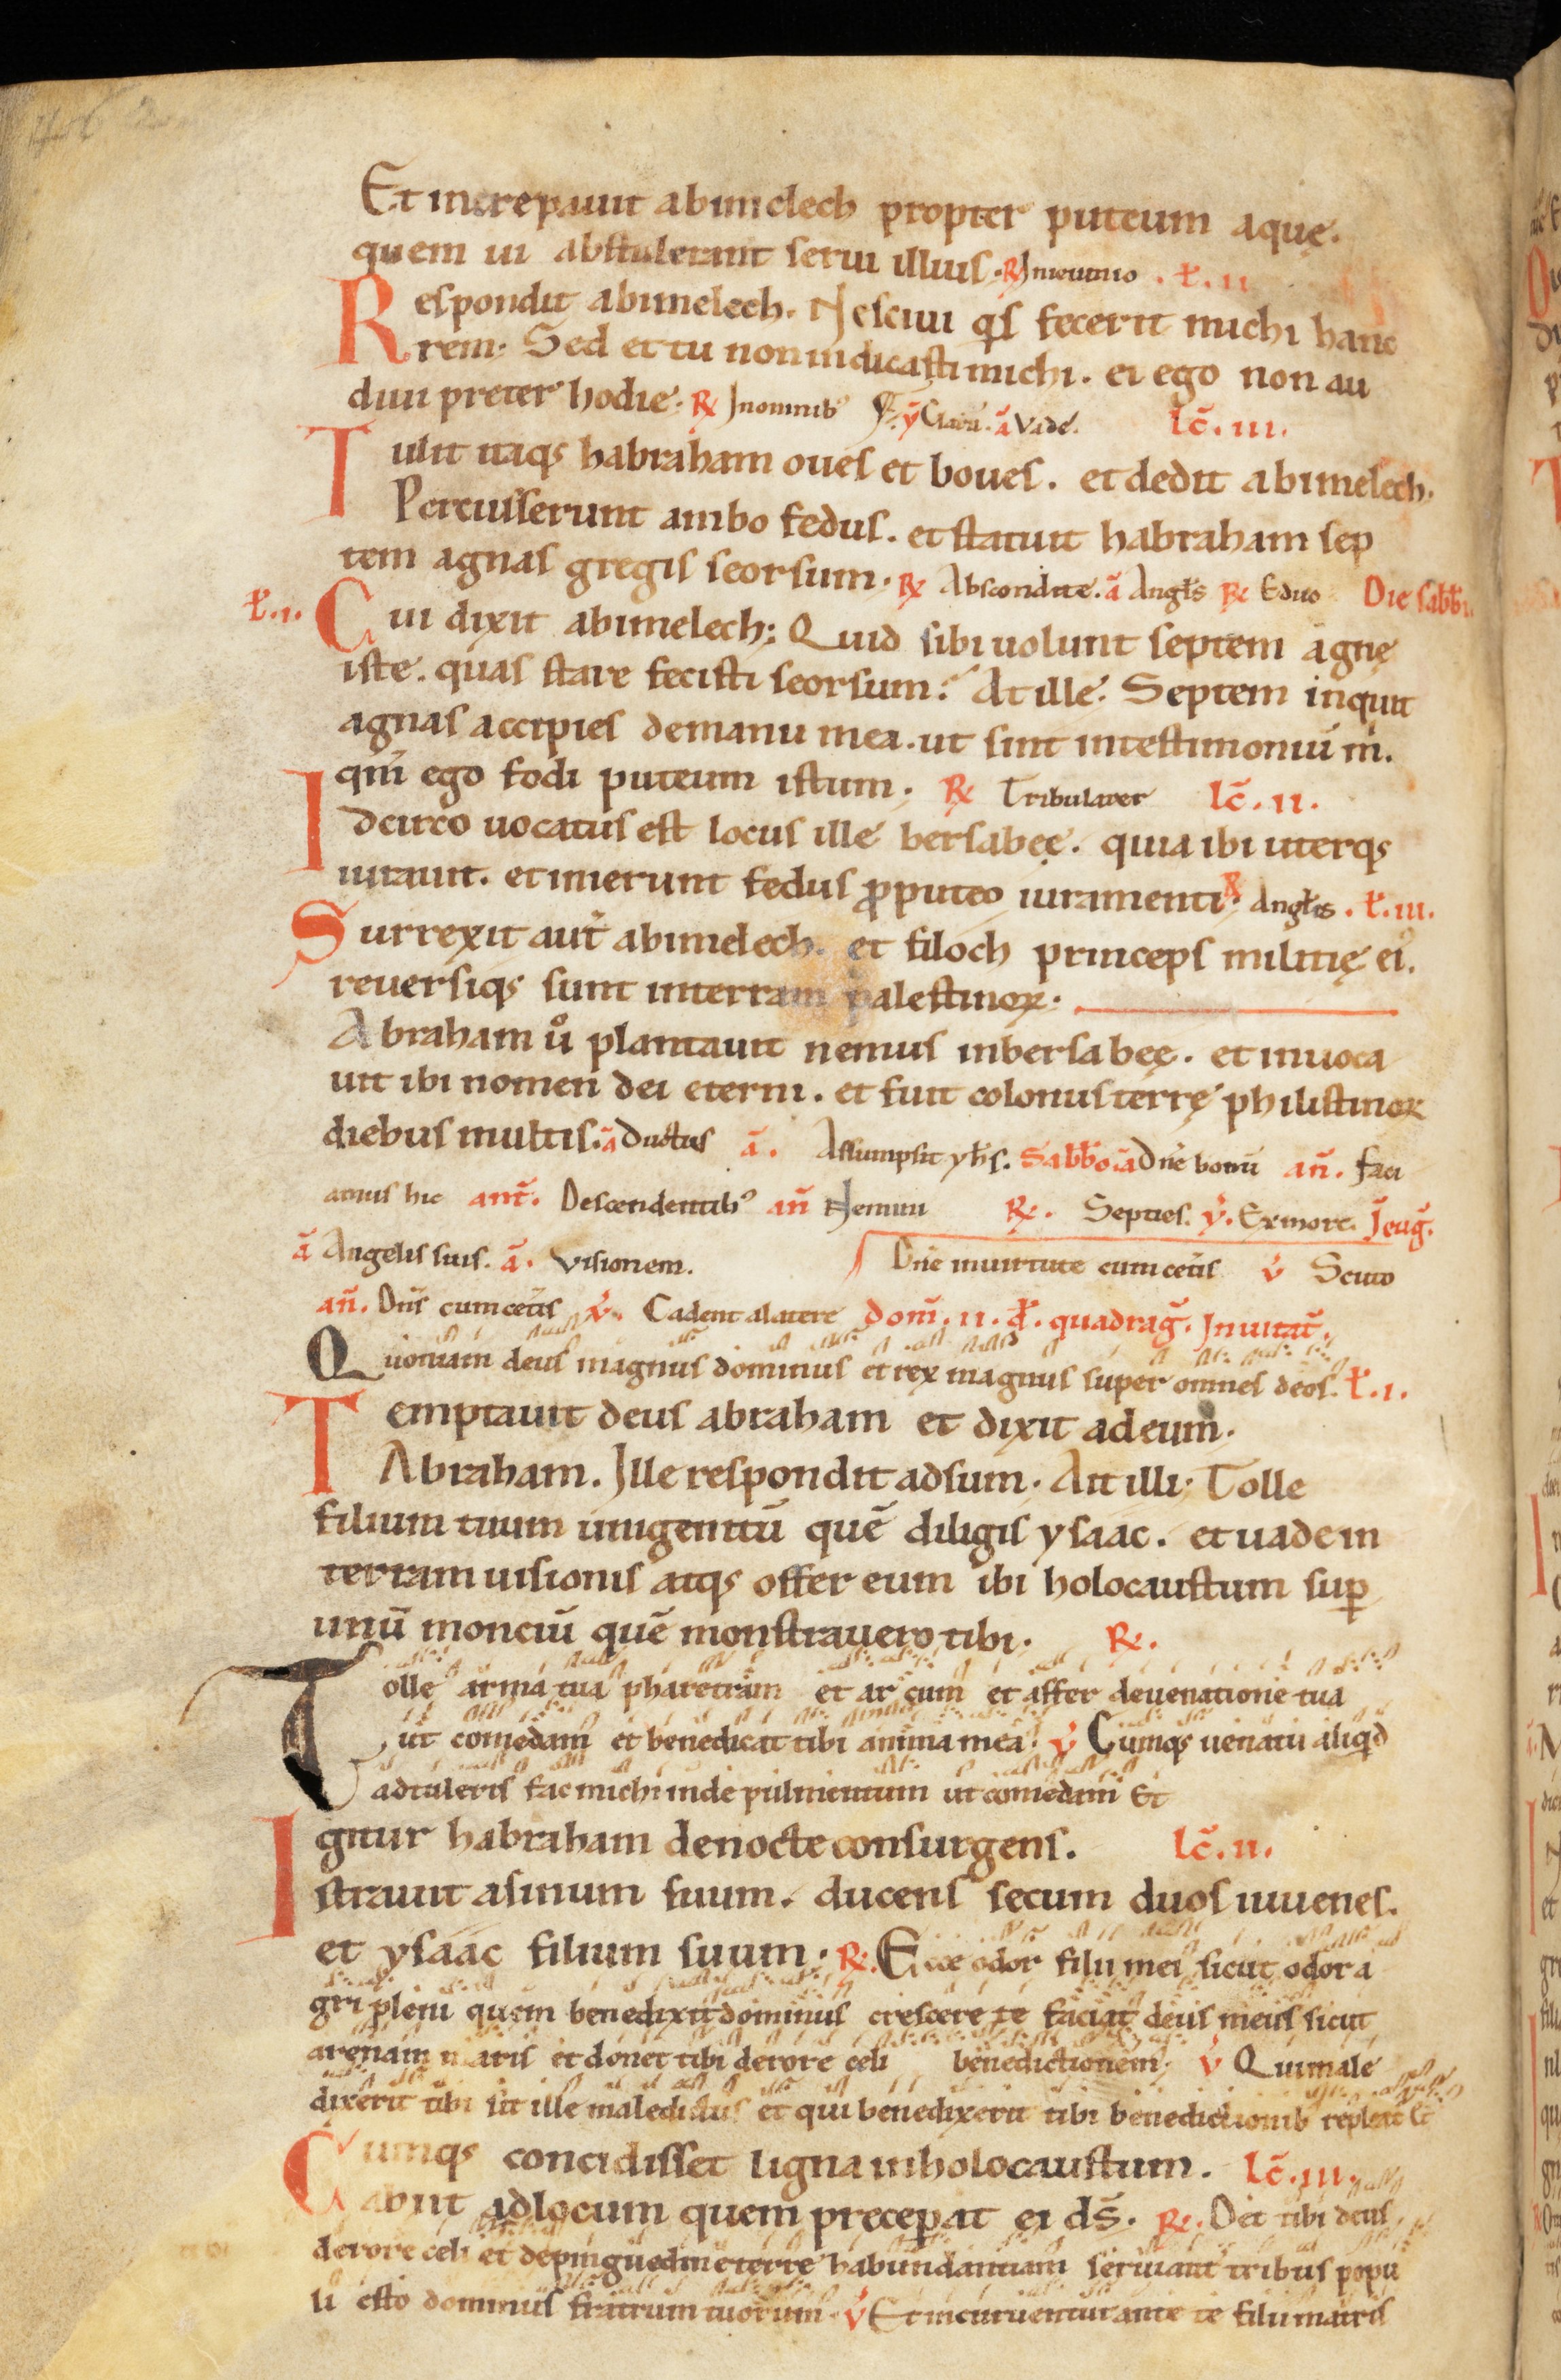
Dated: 1100–1199